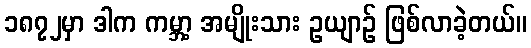
၁၈၇၂မှာ ဒါက ကမ္ဘာ့ အမျိုးသား ဥယျာဉ် ဖြစ်လာခဲ့တယ်။